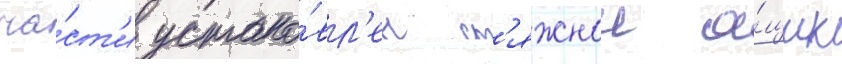
ча́ст'и устано́вл'ен ст'яжнои я́щик